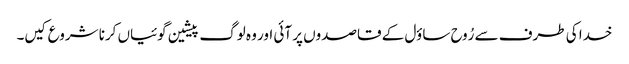
خدا کی طرف سے رُوح ساؤل کے قاصدوں پر آئی اور وہ لوگ پیشین گوئیاں کرنا شروع کیں۔